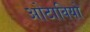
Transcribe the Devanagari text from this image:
ओटावियो